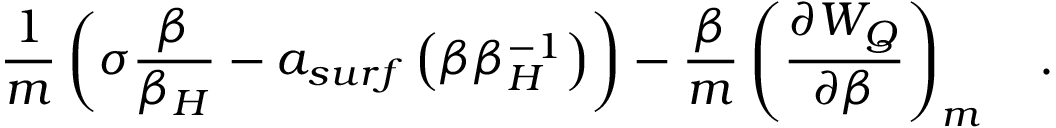
\frac 1 m \left( \sigma { \frac { \beta } { \beta _ { H } } } - a _ { s u r f } \left( \beta \beta _ { H } ^ { - 1 } \right) \right) - { \frac { \beta } { m } } \left( { \frac { \partial W _ { Q } } { \partial \beta } } \right) _ { m } ~ ~ ~ .